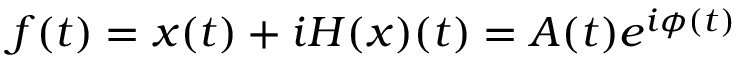
f ( t ) = x ( t ) + i H ( x ) ( t ) = A ( t ) e ^ { i \phi ( t ) }